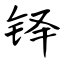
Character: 铎